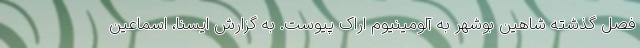
فصل گذشته شاهین بوشهر به آلومینیوم اراک پیوست. به گزارش ایسنا، اسماعین